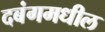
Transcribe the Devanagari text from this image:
दबंगमधील